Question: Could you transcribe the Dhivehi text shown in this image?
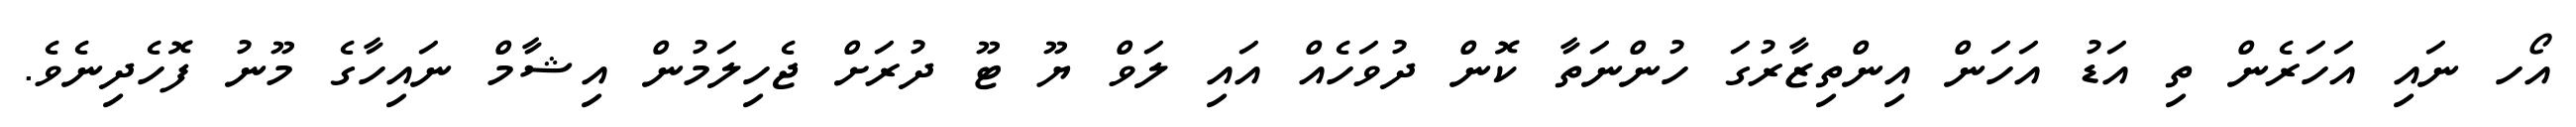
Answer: އޯހ ނައި އަހަރެން ތި އަޑު އަހަން އިންތިޒާރުގަ ހުންނަތާ ކޮން ދުވަހެއް އައި ލަވް ޔޫ ޓޫ ދުރަށް ޖެހިލަމުން އިޝާމް ނައިހާގެ މޫނު ފޮހެދިނެވެ.